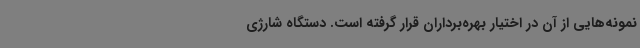
نمونه‌هایی از آن در اختیار بهره‌برداران قرار گرفته است. دستگاه شارژی